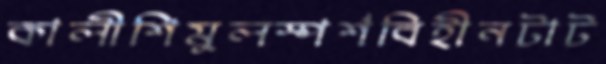
কালীশিমুলস্পর্শবিহীনটাট